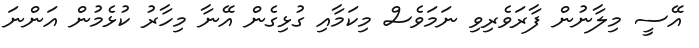
އޭސީ މިލާނުން ފާރަވެރިވި ނަމަވެސް މިކަމާއި ގުޅިގެން އޭނާ މިހާރު ކުޅެމުން އަންނަ